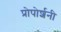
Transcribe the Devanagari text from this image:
प्रोपोर्शनी